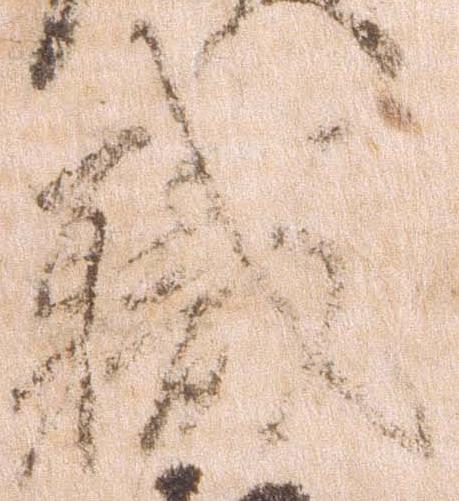
職